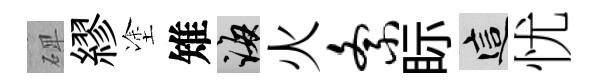
𥓓繆塗雉誨火紊眎這忧